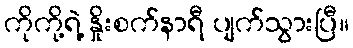
ကိုကို့ရဲ့ နှိုးစက်နာရီ ပျက်သွားပြီ။